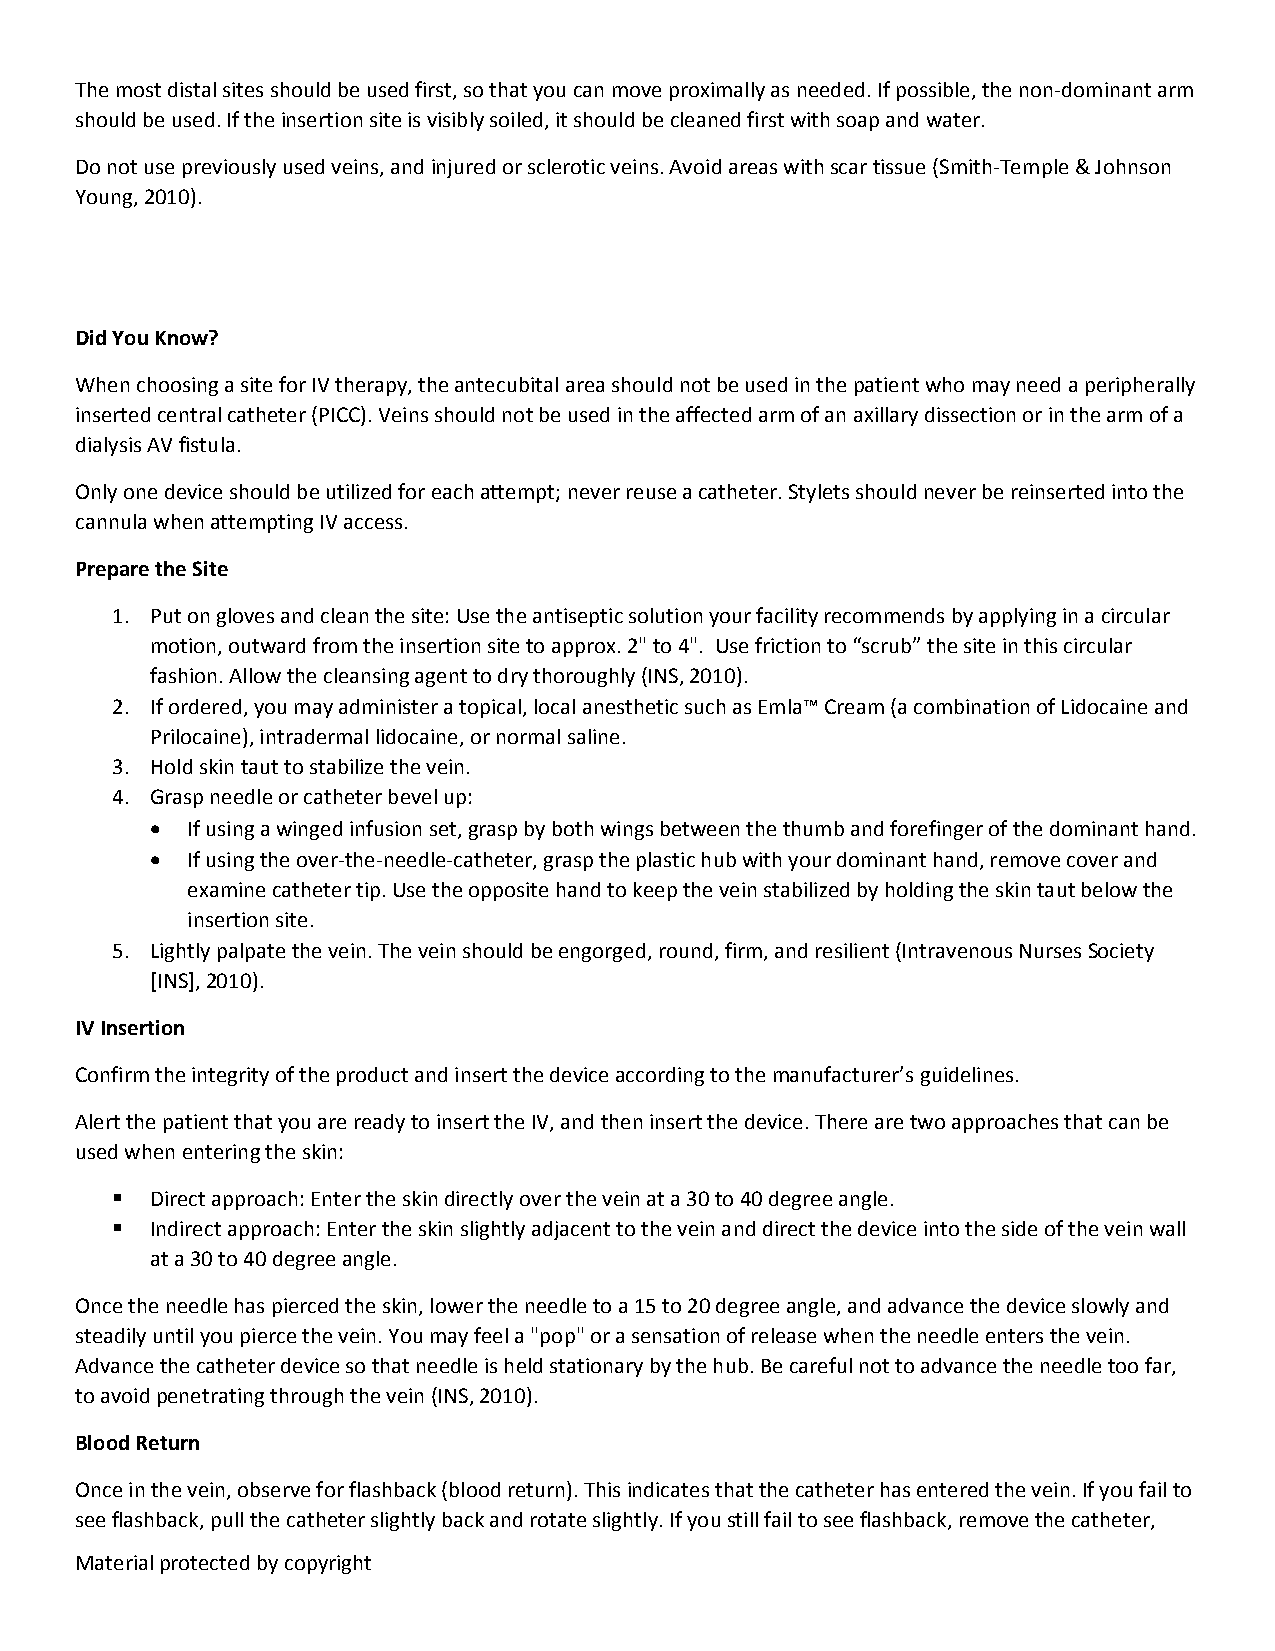
The most distal sites should be used first, so that you can move proximally as needed. If possible, the non‐dominant arm
 should be used. If the insertion site is visibly soiled, it should be cleaned first with soap and water.
 Do not use previously used veins, and injured or sclerotic veins. Avoid areas with scar tissue (Smith‐Temple & Johnson
 Young, 2010).
 Did You Know?
 When choosing a site for IV therapy, the antecubital area should not be used in the patient who may need a peripherally
 inserted central catheter (PICC). Veins should not be used in the affected arm of an axillary dissection or in the arm of a
 dialysis AV fistula.
 Only one device should be utilized for each attempt; never reuse a catheter. Stylets should never be reinserted into the
 cannula when attempting IV access.
 Prepare the Site
 1. Put on gloves and clean the site: Use the antiseptic solution your facility recommends by applying in a circular
 motion, outward from the insertion site to approx. 2" to 4". Use friction to “scrub” the site in this circular
 fashion. Allow the cleansing agent to dry thoroughly (INS, 2010).
 2. If ordered, you may administer a topical, local anesthetic such as Emla™ Cream (a combination of Lidocaine and
 Prilocaine), intradermal lidocaine, or normal saline.
 3. Hold skin taut to stabilize the vein.
 4. Grasp needle or catheter bevel up:
  If using a winged infusion set, grasp by both wings between the thumb and forefinger of the dominant hand.
  If using the over‐the‐needle‐catheter, grasp the plastic hub with your dominant hand, remove cover and
 examine catheter tip. Use the opposite hand to keep the vein stabilized by holding the skin taut below the
 insertion site.
 5. Lightly palpate the vein. The vein should be engorged, round, firm, and resilient (Intravenous Nurses Society
 [INS], 2010).
 IV Insertion
 Confirm the integrity of the product and insert the device according to the manufacturer’s guidelines.
 Alert the patient that you are ready to insert the IV, and then insert the device. There are two approaches that can be
 used when entering the skin:
   Direct approach: Enter the skin directly over the vein at a 30 to 40 degree angle.
   Indirect approach: Enter the skin slightly adjacent to the vein and direct the device into the side of the vein wall
 at a 30 to 40 degree angle.
 Once the needle has pierced the skin, lower the needle to a 15 to 20 degree angle, and advance the device slowly and
 steadily until you pierce the vein. You may feel a "pop" or a sensation of release when the needle enters the vein.
 Advance the catheter device so that needle is held stationary by the hub. Be careful not to advance the needle too far,
 to avoid penetrating through the vein (INS, 2010).
 Blood Return
 Once in the vein, observe for flashback (blood return). This indicates that the catheter has entered the vein. If you fail to
 see flashback, pull the catheter slightly back and rotate slightly. If you still fail to see flashback, remove the catheter,
 Material protected by copyright